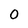
Character: 0